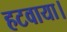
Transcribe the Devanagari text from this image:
हटवाया।